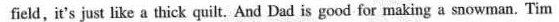
field, it's just like a thick quilt. And Dad is good for making a snowman. Tim